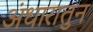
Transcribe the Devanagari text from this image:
अंधारातुन